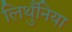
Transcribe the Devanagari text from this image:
लिथुँनिया